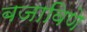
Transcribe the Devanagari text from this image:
बजाविणे